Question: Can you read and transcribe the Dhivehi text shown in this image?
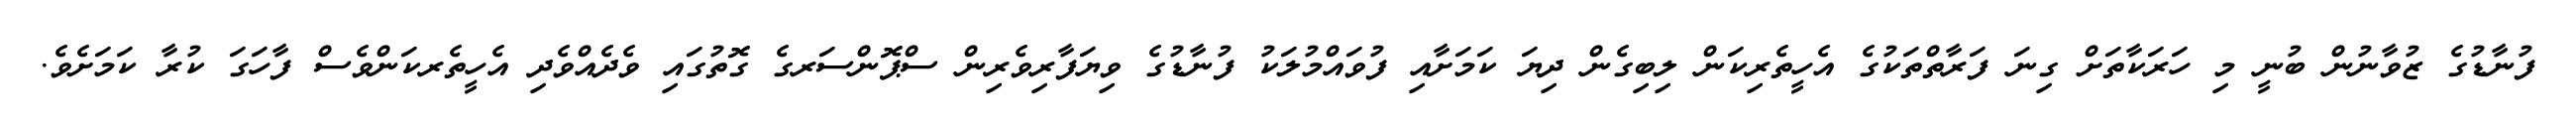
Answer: ފުނާޑުގެ ޒުވާނުން ބުނީ މި ހަރަކާތަށް ގިނަ ފަރާތްތަކުގެ އެހީތެރިކަން ލިބިގެން ދިޔަ ކަމަށާއި ފުވައްމުލަކު ފުނާޑުގެ ވިޔަފާރިވެރިން ސްޕޮންސަރގެ ގޮތުގައި ވެދެއްވެދި އެހީތެރކަންވެސް ފާހަގަ ކުރާ ކަމަށެވެ.